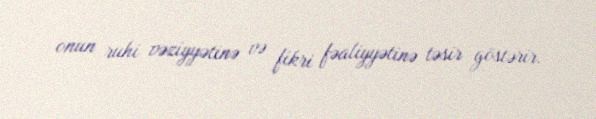
onun ruhi vəziyyətinə və fikri fəaliyyətinə təsir göstərir.